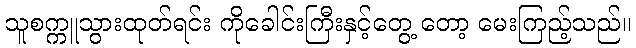
သူစက္ကူသွားထုတ်ရင်း ကိုခေါင်းကြီးနှင့်တွေ့ တော့ မေးကြည့်သည်။